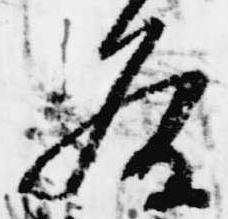
条